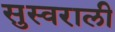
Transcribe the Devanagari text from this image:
सुस्वराली